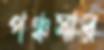
পঞ্চসার